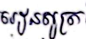
រៀនសូត្រ